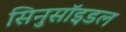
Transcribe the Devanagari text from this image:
सिनुसॉइडल